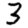
Digit: 3